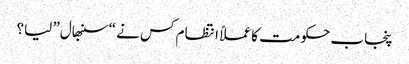
پنجاب حکومت کا عملاً انتظام کس نے “سنبھال” لیا؟